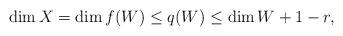
LaTeX: \begin{align*}\dim X=\dim f(W)\leq q(W)\leq \dim W+1-r,\end{align*}